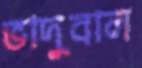
ভাদুবাল